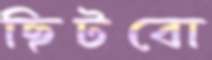
ছিটবো